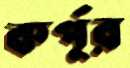
কর্পূর